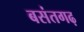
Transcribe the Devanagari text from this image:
बसंतगढ़